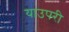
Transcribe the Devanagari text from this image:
याउपरी